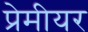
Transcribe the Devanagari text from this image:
प्रेमीयर